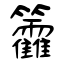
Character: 籱